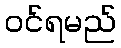
ဝင်ရမည်